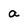
Character: a